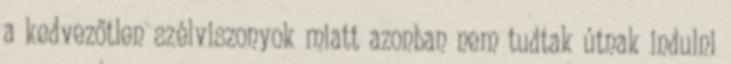
a kedvezőtlen szélviszonyok miatt azonban nem tudtak útnak indulni